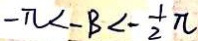
- \pi < - B < - \frac { 1 } { 2 } \pi